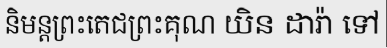
និមន្តព្រះតេជព្រះគុណ យិន ដារ៉ា ទៅ